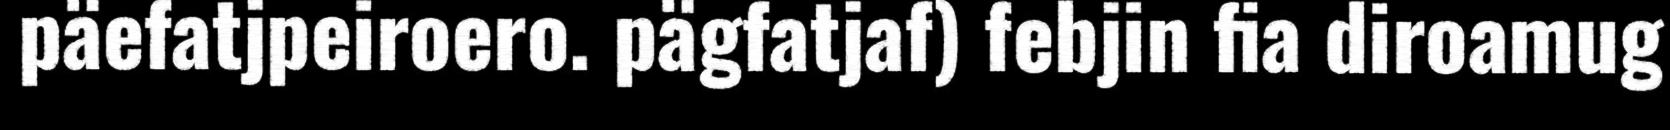
päefatjpeiroero. pägfatjaf) febjin fia diroamug